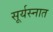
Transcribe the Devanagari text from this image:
सूर्यस्नात